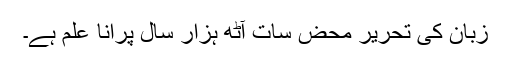
زبان کی تحریر محض سات آٹھ ہزار سال پرانا علم ہے۔